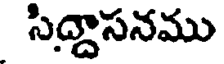
సిద్దాసనము